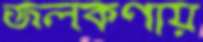
জলকণায়